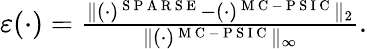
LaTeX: \begin{array}{r}{\varepsilon(\cdot)=\frac{\| (\cdot)^{\mathrm{~S~P~A~R~S~E~}}-(\cdot)^{\mathrm{~M~C~-~P~S~I~C~}}\| _{2}}{\| (\cdot)^{\mathrm{~M~C~-~P~S~I~C~}}\| _{\infty}}.}\end{array}